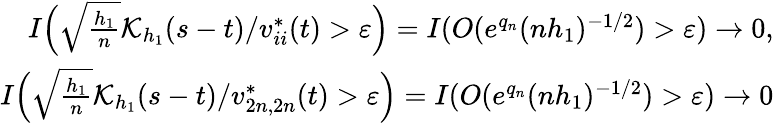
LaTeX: \begin{array}{r}{I\Big(\sqrt{\frac{h_{1}}{n}}\mathcal{K}_{h_{1}}(s-t)/v_{ii}^{*}(t)>\varepsilon\Big)=I(O(e^{q_{n}}(nh_{1})^{-1/2})>\varepsilon)\rightarrow 0,}\\ {I\Big(\sqrt{\frac{h_{1}}{n}}\mathcal{K}_{h_{1}}(s-t)/v_{2n,2n}^{*}(t)>\varepsilon\Big)=I(O(e^{q_{n}}(nh_{1})^{-1/2})>\varepsilon)\rightarrow 0}\end{array}